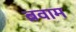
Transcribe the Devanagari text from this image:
ब्रवाम